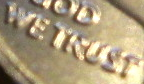
WE TRUST